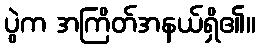
ပွဲက အကြိတ်အနယ်ရှိ၏။